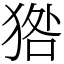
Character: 㹾